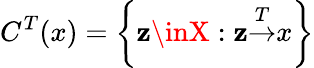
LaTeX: C^{T}{(x)}=\left\{ \mathbf{z}\inX:\mathbf{z}{\overset{T}{\rightarrow}}x\right\}